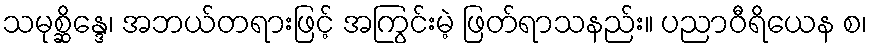
သမုစ္ဆိန္ဒေ၊ အဘယ်တရားဖြင့် အကြွင်းမဲ့ ဖြတ်ရာသနည်း။ ပညာဝီရိယေန စ၊